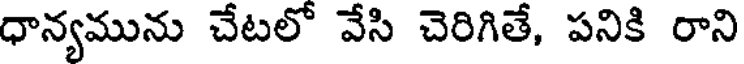
ధాన్యమును చేటలో వేసి చెరిగితే, పనికి రాని